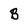
Character: B